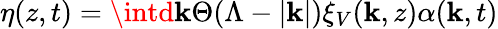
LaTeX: \eta(z,t)=\intd\mathbf{k}\Theta(\Lambda-|\mathbf{k}|)\xi_{V}(\mathbf{k},z)\alpha(\mathbf{k},t)